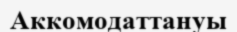
Аккомодаттануы